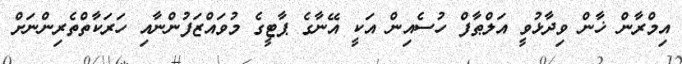
އިމްރާން ޚާން ވިދާޅުވީ އަލްޠާފް ހުސެއިން އަކީ އޭނާގެ ޕާޓީގެ މުވައްޒަފުންނާއި ހަރަކާތްތެރިންނަށް